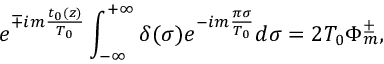
e ^ { \mp i m \frac { t _ { 0 } ( z ) } { T _ { 0 } } } \int _ { - \infty } ^ { + \infty } \delta ( \sigma ) e ^ { - i m \frac { \pi \sigma } { T _ { 0 } } } d \sigma = 2 T _ { 0 } \Phi _ { m } ^ { \pm } ,